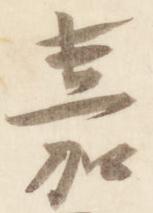
嘉